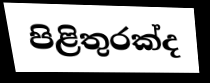
පිළිතුරක්ද